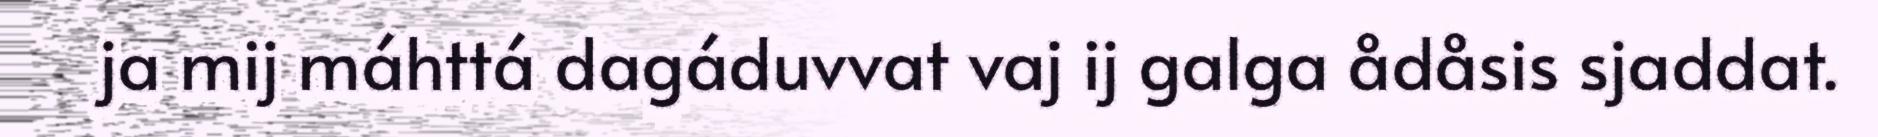
ja mij máhttá dagáduvvat vaj ij galga ådåsis sjaddat.